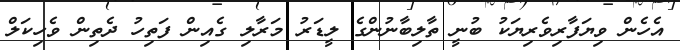
އެހެން ވިޔަފާރިވެރިޔަކު ބުނީ ތާލިބާނުންގެ ލީޑަރު މަރާލި ގެއިިން ފަތިހު ދެތިން ވެހިކަލް